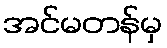
အင်မတန်မှ